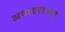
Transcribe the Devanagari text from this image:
अवाधरात्तात्